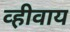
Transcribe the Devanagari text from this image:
व्हीवाय